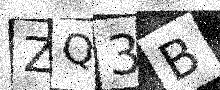
Text: ZQ3B